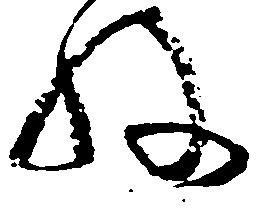
ね